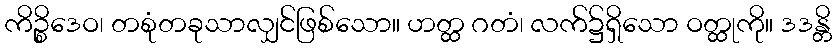
ကိဉ္စိဒေဝ၊ တစုံတခုသာလျှင်ဖြစ်သော။ ဟတ္ထ ဂတံ၊ လက်၌ရှိသော ဝတ္ထုကို။ ဒဒန္တိ